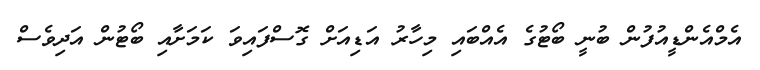
އެމްއެންޑީއުފުން ބުނީ ބޯޓުގެ އެއްބައި މިހާރު އަޑިއަށް ގޮސްފައިވަ ކަމަށާއި ބޯޓުން އަދިވެސް